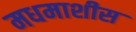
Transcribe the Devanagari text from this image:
मधमाशीस